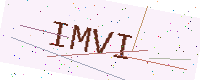
Text: IMVI